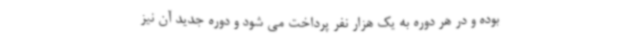
بوده و در هر دوره به یک هزار نفر پرداخت می شود و دوره جدید آن نیز